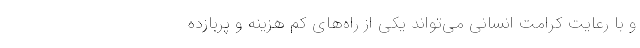
و با رعایت کرامت انسانی می‌تواند یکی از راه‌های کم هزینه و پربازده